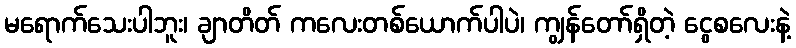
မရောက်သေးပါဘူး၊ ချာတိတ် ကလေးတစ်ယောက်ပါပဲ၊ ကျွန်တော်ရှိတဲ့ ငွေစလေးနဲ့